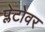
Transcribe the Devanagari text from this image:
प्लेटोवर